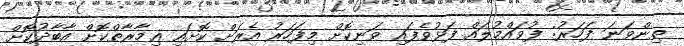
ތިންވަނަ ފަހަރު: ފުވައްމުލައް ފަޅުވެފައި ވަނިކޮށް މިފަހަރު އެރަށް ކޮށައި ޢިމާރާތްކޮށް އާބާދުކޮށް